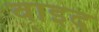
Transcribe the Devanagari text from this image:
वाइद